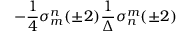
- \frac { 1 } { 4 } \sigma _ { m } ^ { n } ( \pm 2 ) \frac { 1 } { \Delta } \sigma _ { n } ^ { m } ( \pm 2 )